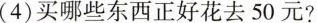
(4)买哪些东西正好花去 50 元?